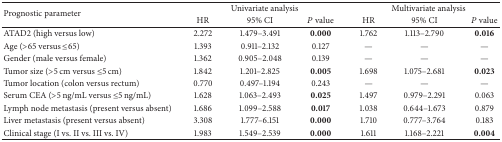
<table><thead><tr><td rowspan="2"><b>Prognostic parameter</b></td><td colspan="3"><b>Univariate analysis</b></td><td colspan="3"><b>Multivariate analysis</b></td></tr><tr><td><b>HR</b></td><td><b>95% CI</b></td><td><b><i>P</i> value</b></td><td><b>HR</b></td><td><b>95% CI</b></td><td><b><i>P</i> value</b></td></tr></thead><tbody><tr><td>ATAD2 (high versus low)</td><td>2.272</td><td>1.479–3.491</td><td><b>0.000</b></td><td>1.762</td><td>1.113–2.790</td><td><b>0.016</b></td></tr><tr><td>Age (&gt;65 versus ≤65)</td><td>1.393</td><td>0.911–2.132</td><td>0.127</td><td>—</td><td>—</td><td>—</td></tr><tr><td>Gender (male versus female)</td><td>1.362</td><td>0.905–2.048</td><td>0.139</td><td>—</td><td>—</td><td>—</td></tr><tr><td>Tumor size (&gt;5 cm versus ≤5 cm)</td><td>1.842</td><td>1.201–2.825</td><td><b>0.005</b></td><td>1.698</td><td>1.075–2.681</td><td><b>0.023</b></td></tr><tr><td>Tumor location (colon versus rectum)</td><td>0.770</td><td>0.497–1.194</td><td>0.243</td><td>—</td><td>—</td><td>—</td></tr><tr><td>Serum CEA (&gt;5 ng/mL versus ≤5 ng/mL)</td><td>1.628</td><td>1.063–2.493</td><td><b>0.025</b></td><td>1.497</td><td>0.979–2.291</td><td>0.063</td></tr><tr><td>Lymph node metastasis (present versus absent)</td><td>1.686</td><td>1.099–2.588</td><td><b>0.017</b></td><td>1.038</td><td>0.644–1.673</td><td>0.879</td></tr><tr><td>Liver metastasis(present versus absent)</td><td>3.308</td><td>1.777–6.151</td><td><b>0.000</b></td><td>1.710</td><td>0.777–3.764</td><td>0.183</td></tr><tr><td>Clinical stage (I vs. II vs. III vs. IV)</td><td>1.983</td><td>1.549–2.539</td><td><b>0.000</b></td><td>1.611</td><td>1.168–2.221</td><td><b>0.004</b></td></tr></tbody></table>